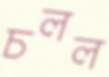
চলল